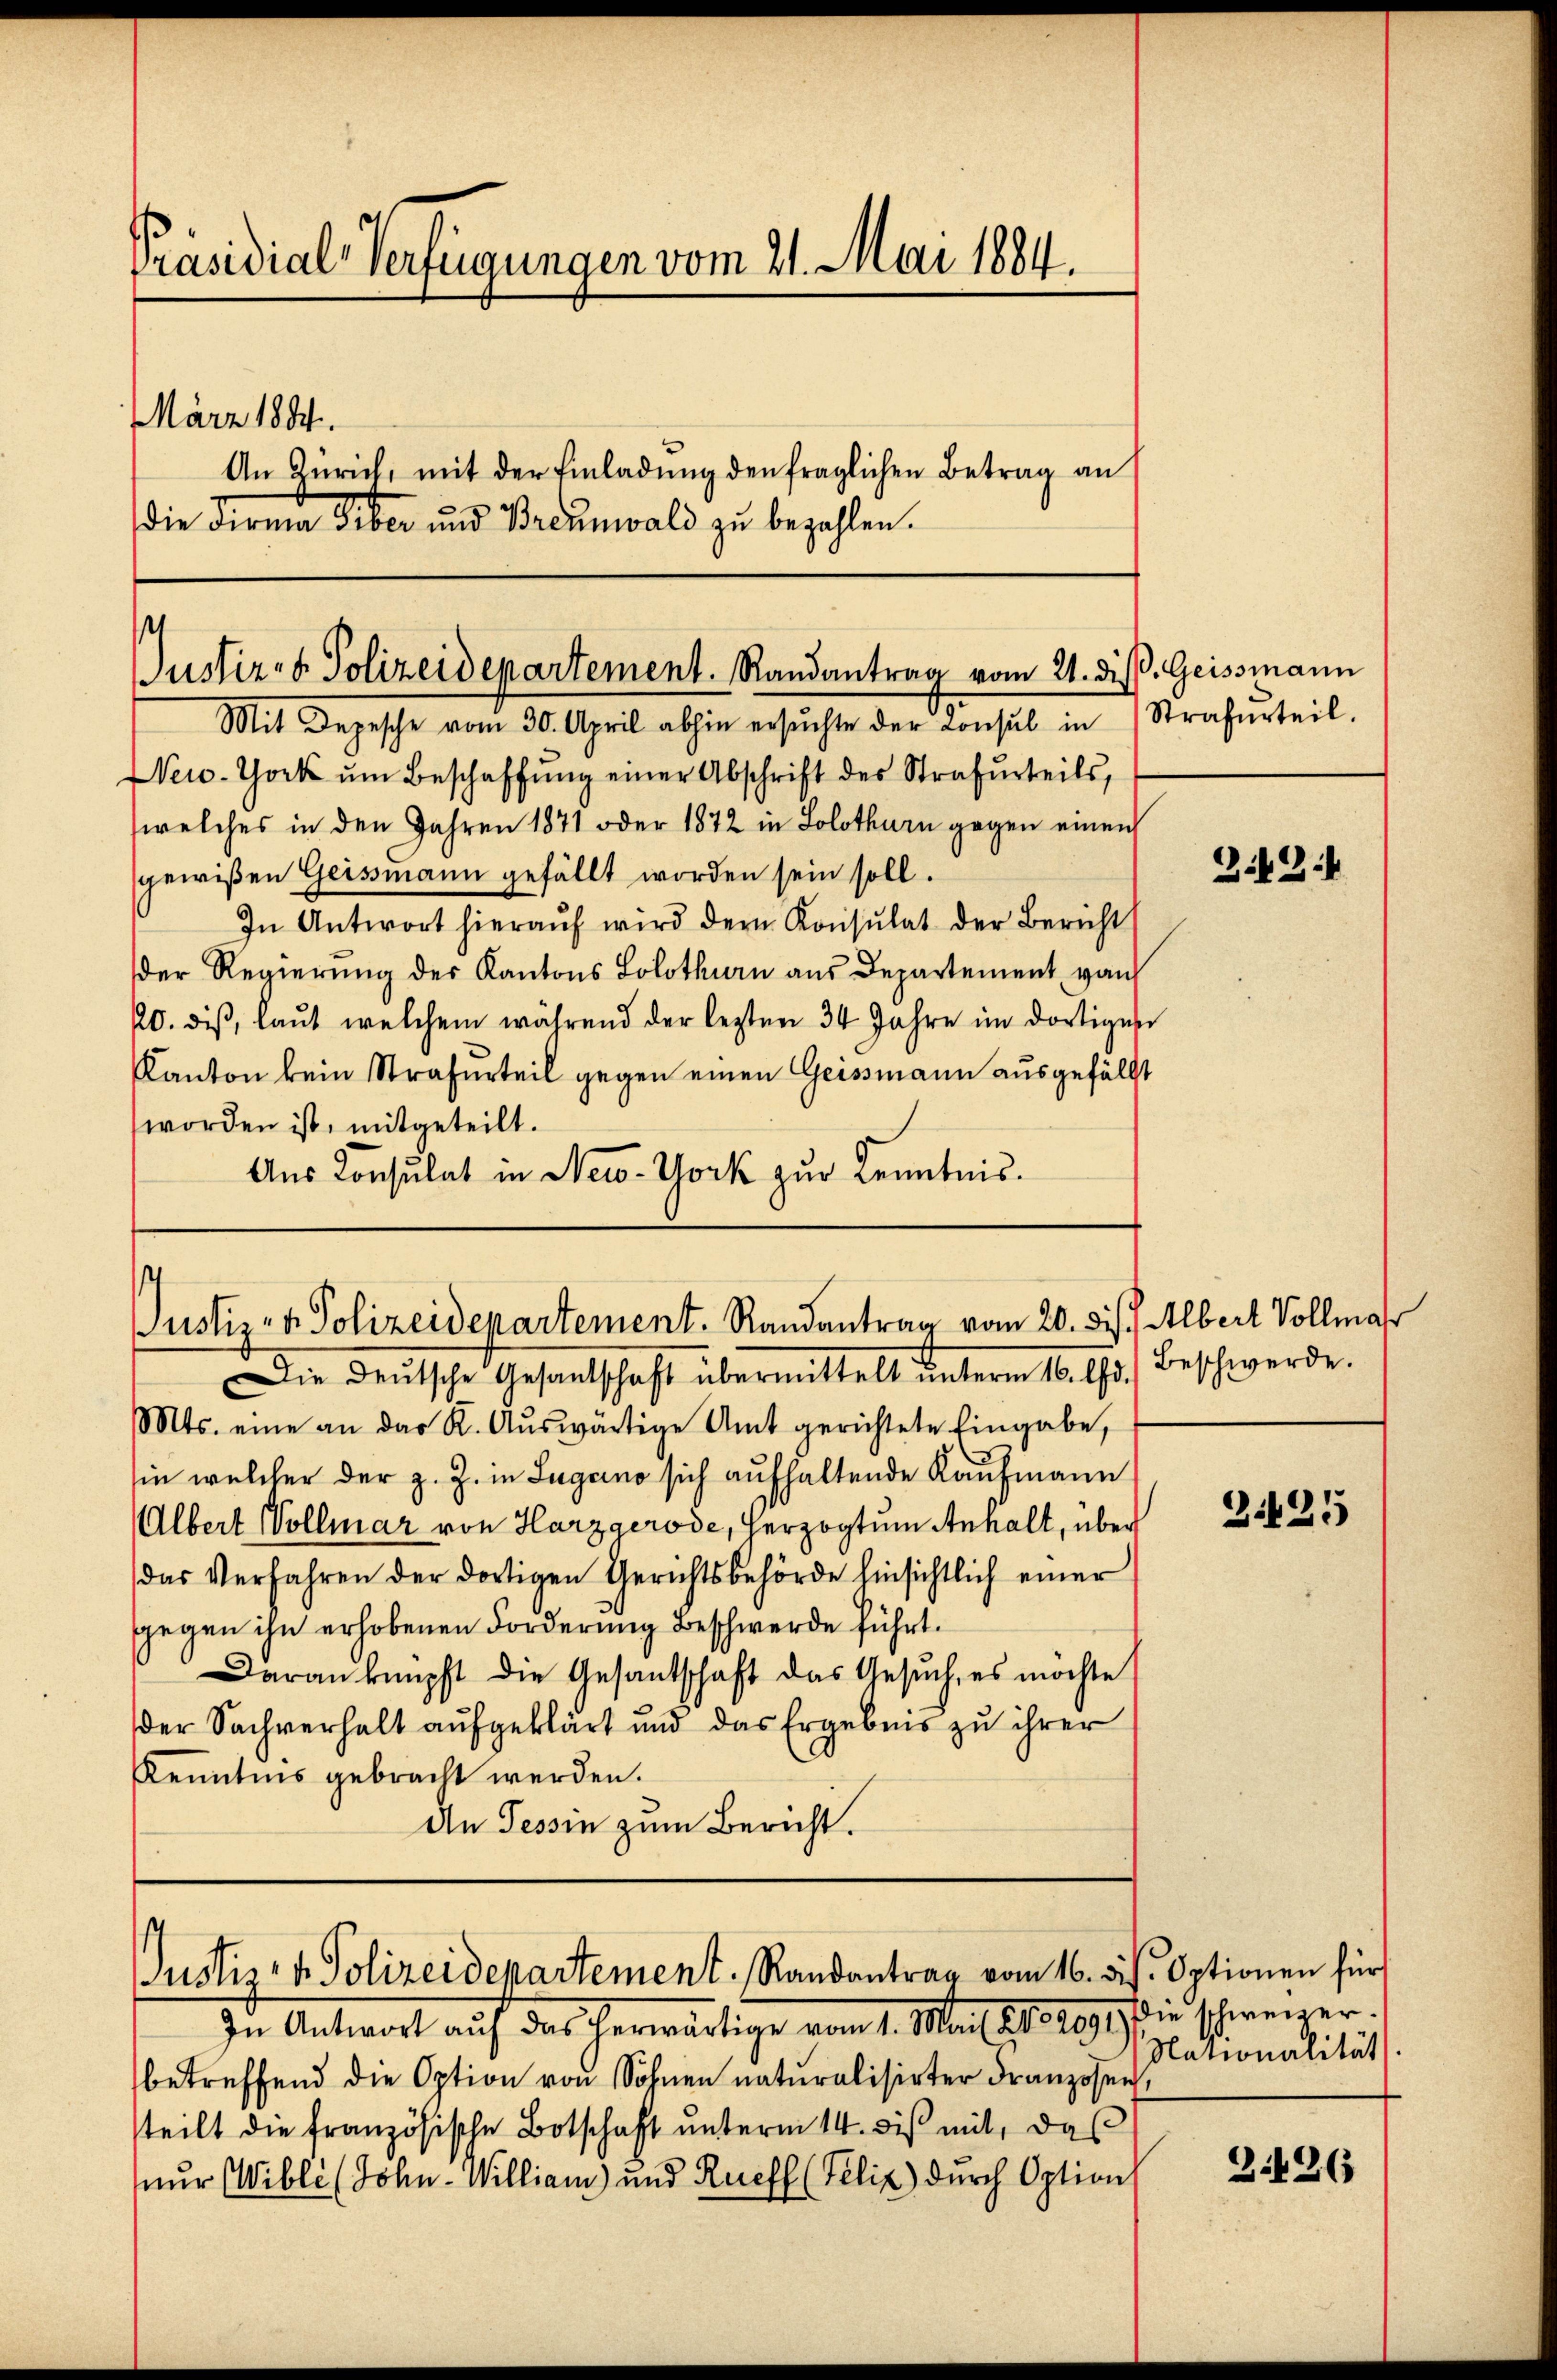
Präsidial-Verfügungen vom 21. Mai 1884.

März 1884.
An Zürich, mit der Einladŭng den fraglichen Betrag an
die Firma Siber und Brennwald zŭ bezahlen.

Mit Depesche vom 30. April abhin ersŭchte der Consul in Strafurteil.
New-York ŭm Beschaffŭng einer Abschrift des Strafurteils,
welches in den Jahren 1871 oder 1872 in Solothurn gegen einen
gewißen Geissmann gefällt worden sein soll.
In Antwort hieraŭf wird der Konsulat der Bericht
der Regierung des Kantons Solothurn aus Departement von
20. diβ, laŭt welchem während der lezten 34 Jahre im dortiges
Kanton kein Strafurteil gegen einen Geissmann ausgefällt
worden ist, mitgeteilt.
Aus Konsulat in New-York zur Kenntnis.

Mts. eine an das K. Aŭswärtige Amt gerichtete Eingabe,
in welcher der z. Z. in Lugano sich aufhaltende Kaufmann
Albert Vollmar von Harzgerode, Herzogtum Anhalt, über
das Verfahren der dortigen Gerichtsbehörde hinsichtlich einer
gegen ihn erhobenen Forderung Beschwerde führt.
Daran knüpft die Gesantschaft das Gesŭch, es möchte
der Sachverhalt aufgeklärt und das Ergebnis zu ihrer
Kenntnis gebracht werden.
An Tessin zum Bericht.

¬
Justiz- & Polizeidepartement. Randantrag vom 21. dis. Geissmann

Justiz- & Polizeidepartement. Randantrag vom 20. ds. Albert Vollma
Die Deutsche Gesantschaft übermittelt unterm 16. Ad.

Justiz- & Polizeidepartement. Randantrag vom 16. ds. Optionen für

In Antwort auf das herwärtige vom 1. Mail 1884891) die schweizerbetreffend die Option von Sohnen naturalisirter Franzosen
steilt die französische Botschaft unterm 14. bis mit, das
nur (Wibli (John - William und Rueff (Felix) durch Option

3.424

Beschwerde.

3.425

Nationalität.

Z.126